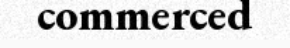
commerced